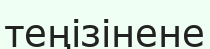
теңізінене